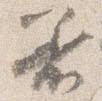
着